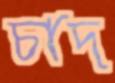
চাদ